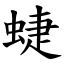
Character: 蜨